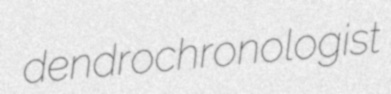
dendrochronologist